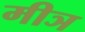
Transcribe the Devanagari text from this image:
मीञ